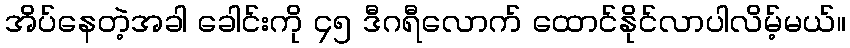
အိပ်နေတဲ့အခါ ခေါင်းကို ၄၅ ဒီဂရီလောက် ထောင်နိုင်လာပါလိမ့်မယ်။